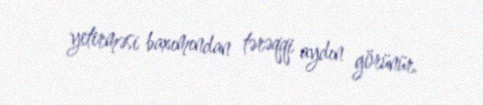
yetirməsi baxımından tərəqqi aydın görünür.